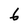
Character: 6